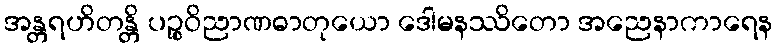
အန္တရဟိတန္တိ ပဉ္စဝိညာဏဓာတုယော ဒေါမနဿိတော အညေနာကာရေန